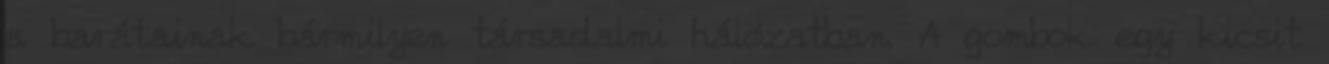
a barátainak bármilyen társadalmi hálózatban. A gombok egy kicsit